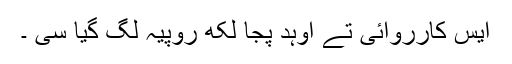
ایس کارروائی تے اوہد پجا لکھ روپیہ لگ گیا سی ۔